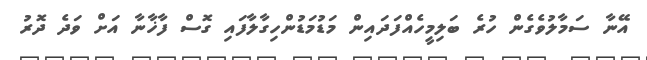
އޭނާ ސަމާލުވެގެން ހުރެ ބަލިމީހެއްފަދައިން މަޑުމަޑުންހިގާލާފައި ގޮސް ފާޚާނާ އަށް ވަދެ ދޮރު